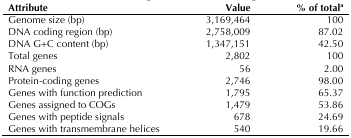
<table><thead><tr><td><b>Attribute</b></td><td><b>Value</b></td><td><b>% of total<sup>a</sup></b></td></tr></thead><tbody><tr><td>Genome size (bp)</td><td>3,169,464</td><td>100</td></tr><tr><td>DNA coding region (bp)</td><td>2,758,009</td><td>87.02</td></tr><tr><td>DNA G+C content (bp)</td><td>1,347,151</td><td>42.50</td></tr><tr><td>Total genes</td><td>2,802</td><td>100</td></tr><tr><td>RNA genes</td><td>56</td><td>2.00</td></tr><tr><td>Protein-coding genes</td><td>2,746</td><td>98.00</td></tr><tr><td>Genes with function prediction</td><td>1,795</td><td>65.37</td></tr><tr><td>Genes assigned to COGs</td><td>1,479</td><td>53.86</td></tr><tr><td>Genes with peptide signals</td><td>678</td><td>24.69</td></tr><tr><td>Genes with transmembrane helices</td><td>540</td><td>19.66</td></tr></tbody></table>